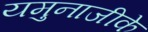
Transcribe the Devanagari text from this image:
यमुनाजीके